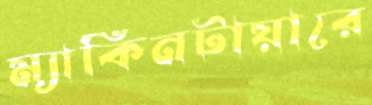
ম্যাকিনটায়ারে